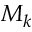
M _ { k }